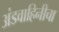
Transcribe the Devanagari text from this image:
अंडवाहिनीचा